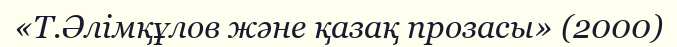
«Т.Әлiмқұлов және қазақ прозасы» (2000)